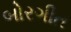
બોરગીત